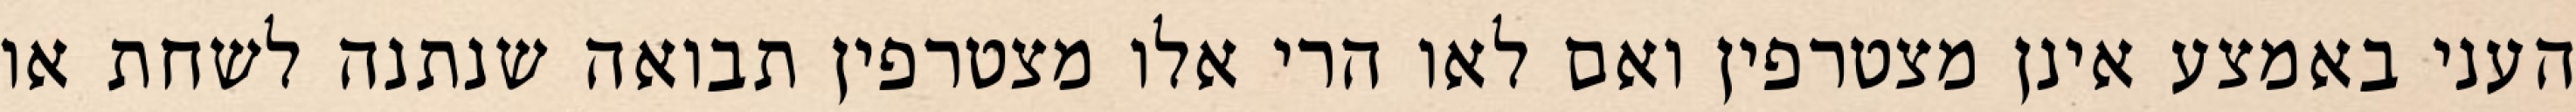
העני באמצע אינן מצטרפין ואם לאו הרי אלו מצטרפין תבואה שנתנה לשחת או